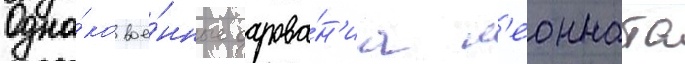
Одна́ко вое́нные дарова́н'иа л'еонната